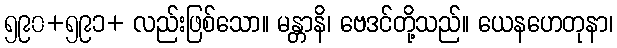
၅၉၀+၅၉၁+ လည်းဖြစ်သော။ မန္တာနိ၊ ဗေဒင်တို့သည်။ ယေနဟေတုနာ၊